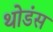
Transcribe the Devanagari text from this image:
थोडंस